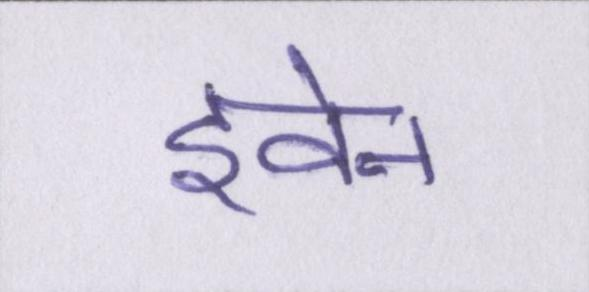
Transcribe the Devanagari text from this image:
इवेन